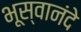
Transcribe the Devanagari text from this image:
भूस्वानंदे